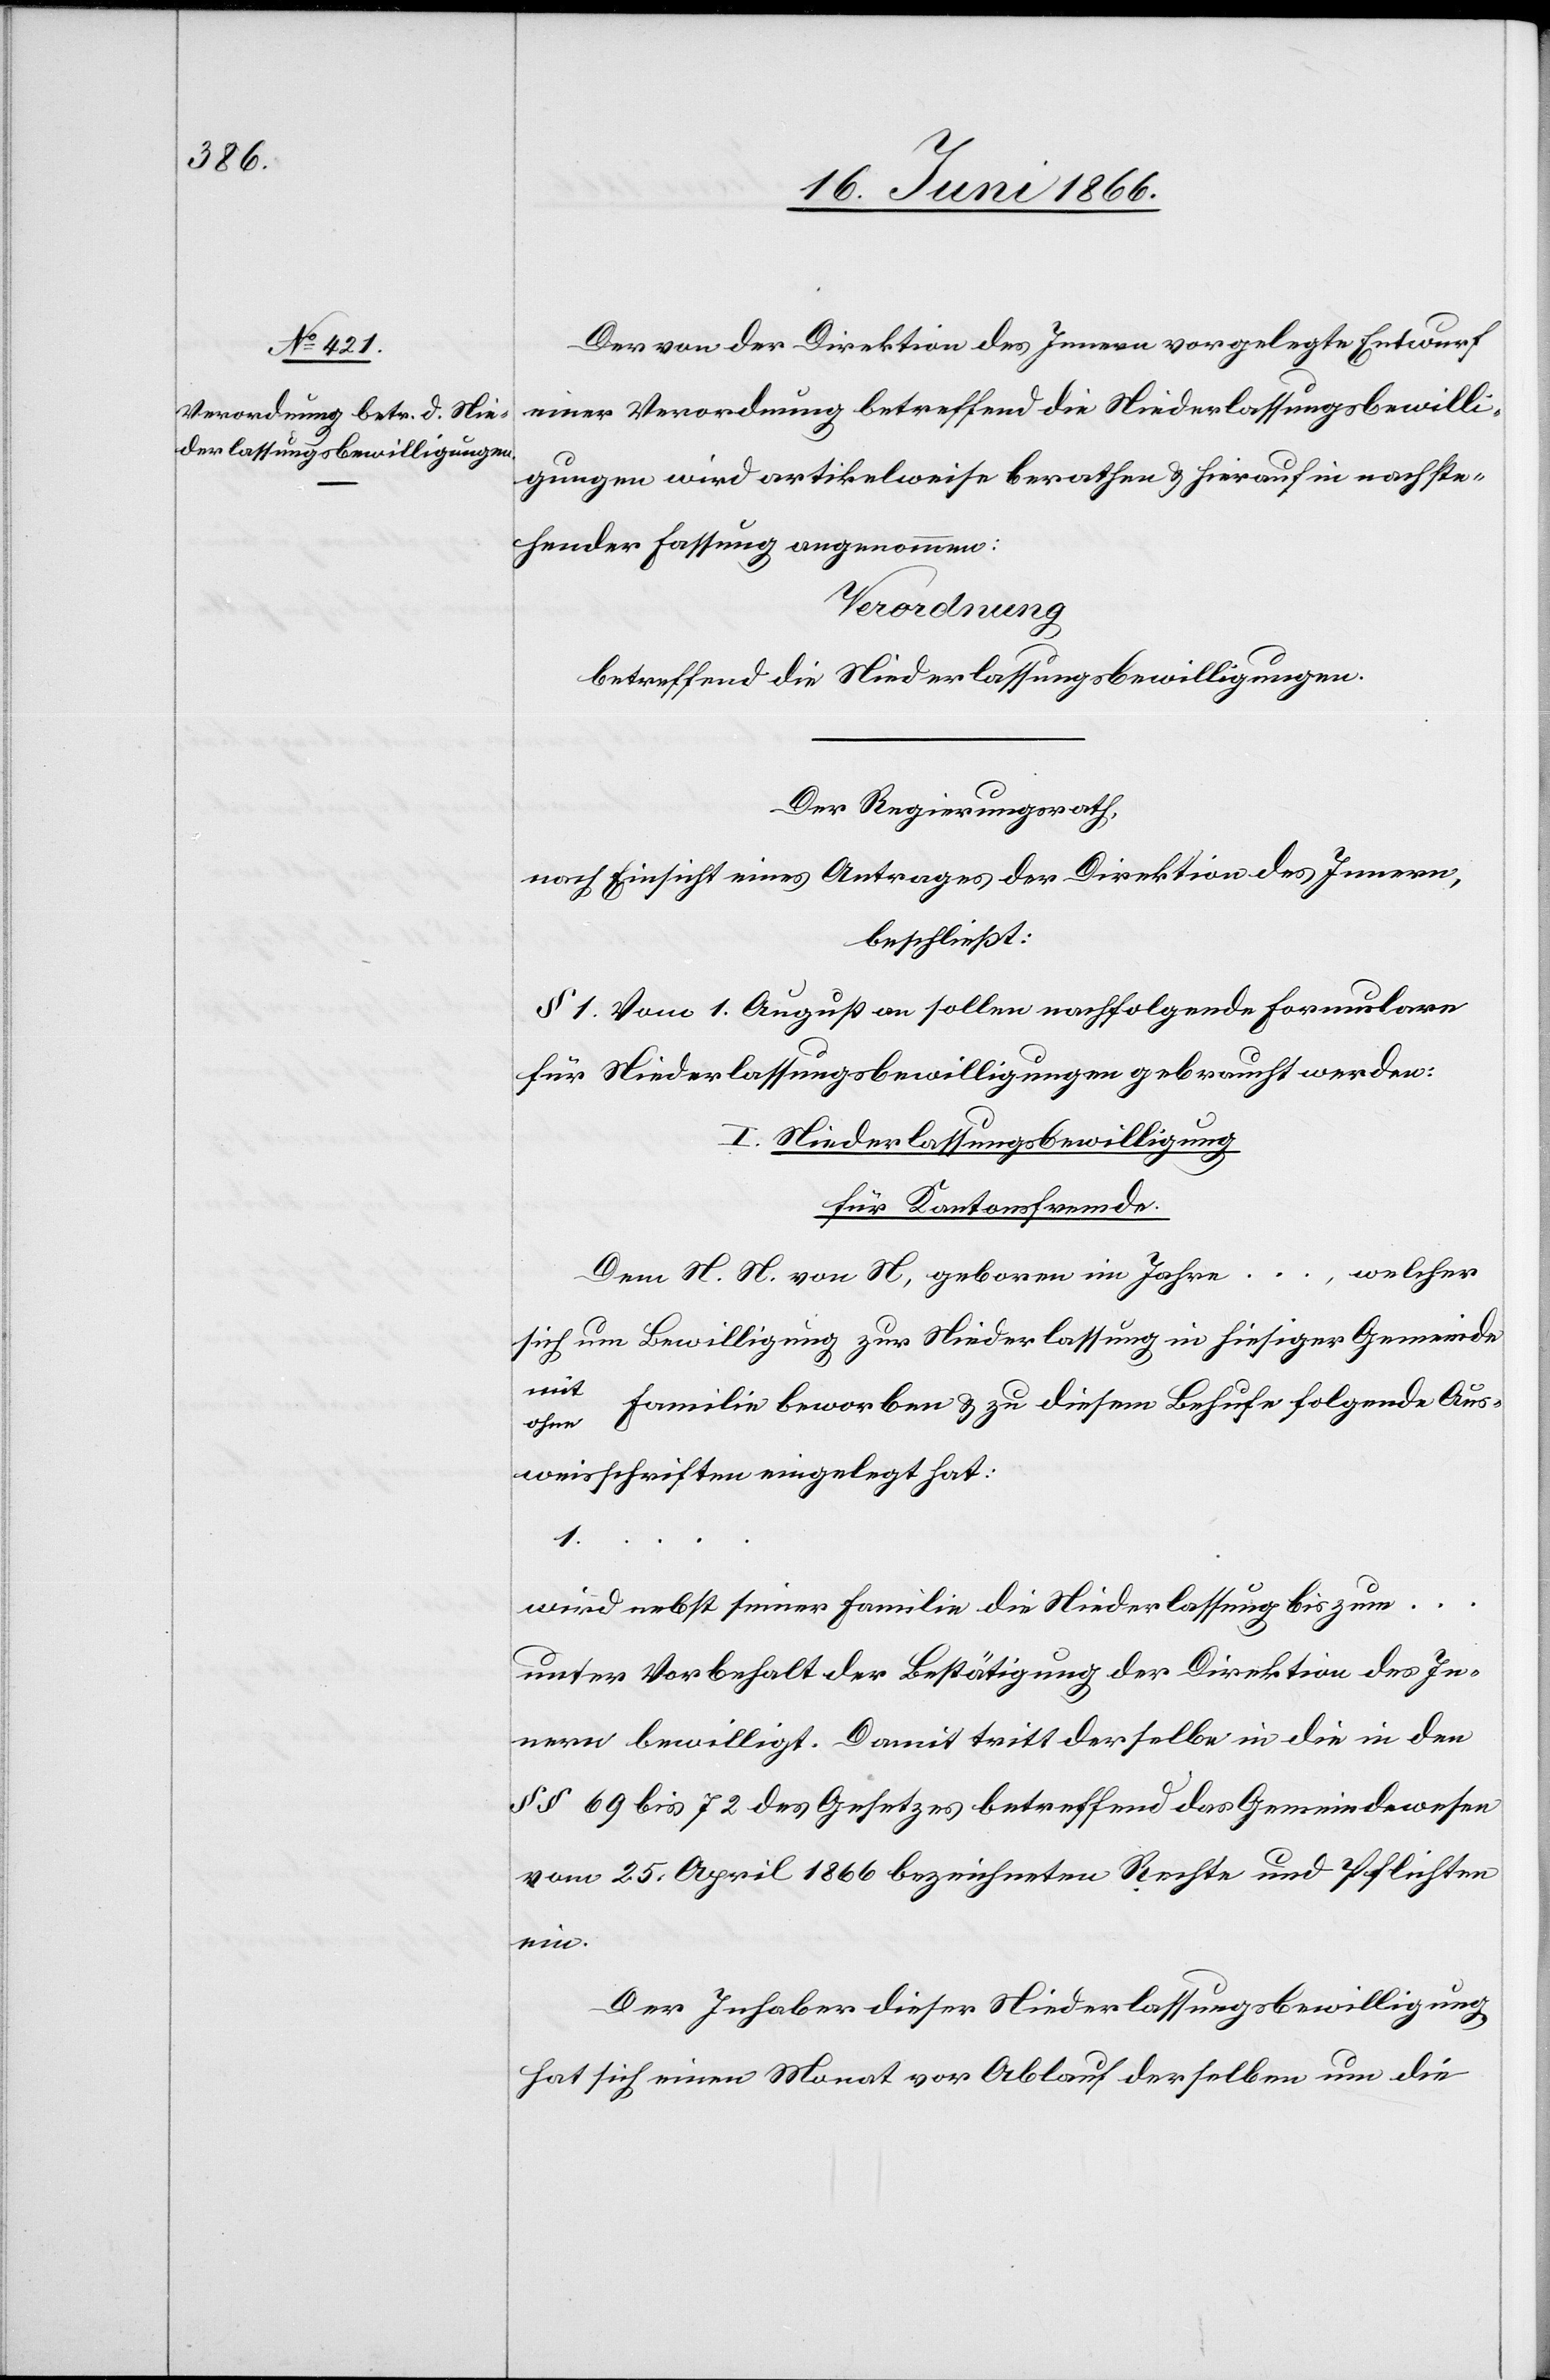
Der von der Direktion des Innern vorgelegte Entwurf
einer Verordnung betreffend die Niederlassungsbewilli¬
gungen wird artikelweise berathen u. hierauf in nachste¬
hender Fassung angenommen:
Verordnung
betreffend die Niederlassungsbewilligungen.
Der Regierungsrath,
nach Einsicht eines Antrages der Direktion des Innern,
beschließt:
§ 1. Vom 1. August an sollen nachstehende Formulare
für Niederlassungsbewilligungen gebraucht werden:
I. Niederlassungsbewilligung
für Kantonsfremde.
Dem N. N. von N, geboren im Jahre …, welcher
sich um Bewilligung zur Niederlassung in hiesiger Gemeinde
mit/ohne Familie beworben u. zu diesem Behufe folgende Aus¬
weisschriften eingelegt hat:
…
wird nebst seiner Familie die Niederlassung bis zum …
unter Vorbehalt der Bestätigung der Direktion des In¬
nern bewilligt. Damit tritt derselbe in die in den
§ § 69 bis 72 des Gesetzes betreffend das Gemeindewesen
vom 25. April 1866 bezeichneten Rechte und Pflichten
ein.
Der Inhaber dieser Niederlassungsbewilligung
hat sich einen Monat vor Ablauf derselben um die